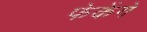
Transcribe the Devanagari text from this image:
फेकेंगे